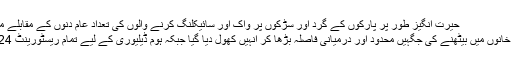
حیرت انگیز طور پر پارکوں کے گرد اور سڑکوں پر واک اور سائیکلنگ کرنے والوں کی تعداد عام دنوں کے مقابلے میں دُگنی ہوچکی تھی
ریسٹورینٹ اور قہوہ خانوں میں بیٹھنے کی جگہیں محدود اور درمیانی فاصلہ بڑھا کر انہیں کھول دیا گیا جبکہ ہوم ڈیلیوری کے لیے تمام ریسٹورینٹ 24 گھنٹے کھلے رہے۔